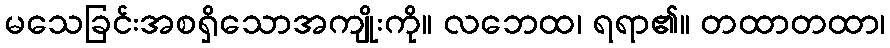
မသေခြင်းအစရှိသောအကျိုးကို။ လဘေထ၊ ရရာ၏။ တထာတထာ၊